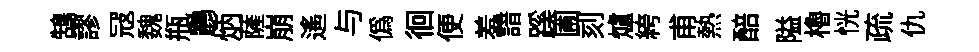
鵠謬冦魏瓶鸝炳薩崩遙与僞徊便羞諳蹊圃刻爐絝甫熱醅隘櫓恍疏仇